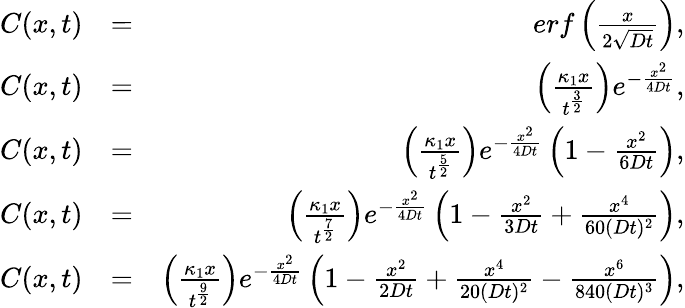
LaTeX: \begin{array}{rlr}{C(x,t)}&{=}&{erf\left({\frac{x}{2\sqrt{Dt}}}\right),}\\ {C(x,t)}&{=}&{\left(\frac{\kappa_{1}x}{t^{\frac{3}{2}}}\right)e^{-\frac{x^{2}}{4Dt}},}\\ {C(x,t)}&{=}&{\left(\frac{\kappa_{1}x}{t^{\frac{5}{2}}}\right)e^{-\frac{x^{2}}{4Dt}}\left(1-\frac{x^{2}}{6Dt}\right),}\\ {C(x,t)}&{=}&{\left(\frac{\kappa_{1}x}{t^{\frac{7}{2}}}\right)e^{-\frac{x^{2}}{4Dt}}\left(1-\frac{x^{2}}{3Dt}+\frac{x^{4}}{60(Dt)^{2}}\right),}\\ {C(x,t)}&{=}&{\left(\frac{\kappa_{1}x}{t^{\frac{9}{2}}}\right)e^{-\frac{x^{2}}{4Dt}}\left(1-\frac{x^{2}}{2Dt}+\frac{x^{4}}{20(Dt)^{2}}-\frac{x^{6}}{840(Dt)^{3}}\right),}\end{array}